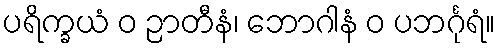
ပရိက္ခယံ ဝ ဉာတီနံ၊ ဘောဂါနံ ဝ ပဘင်္ဂုရံ။